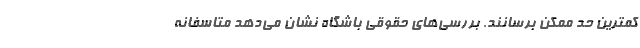
کمترین حد ممکن برسانند. بررسی‌های حقوقی باشگاه نشان می‌دهد متاسفانه